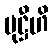
မုဋ္ဌီဟိ